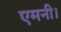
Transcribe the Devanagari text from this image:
एमनी।